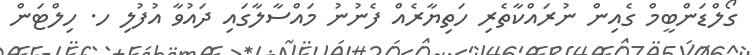
ގޯލްޑަންބީމް ގެއިން ނުރައްކާތެރި ހަތިޔާރެއް ފެނުނު މައްސާލާގައި ދައުވާ އުފުލި ހ. ހިލްޓަން